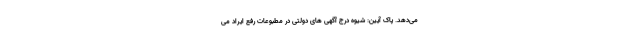
می‌دهد. پاک آیین: شیوه درج آگهی های دولتی در مطبوعات رفع ایراد می